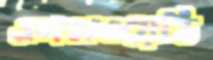
এলসওয়েডি